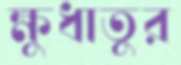
ক্ষুধাতুর